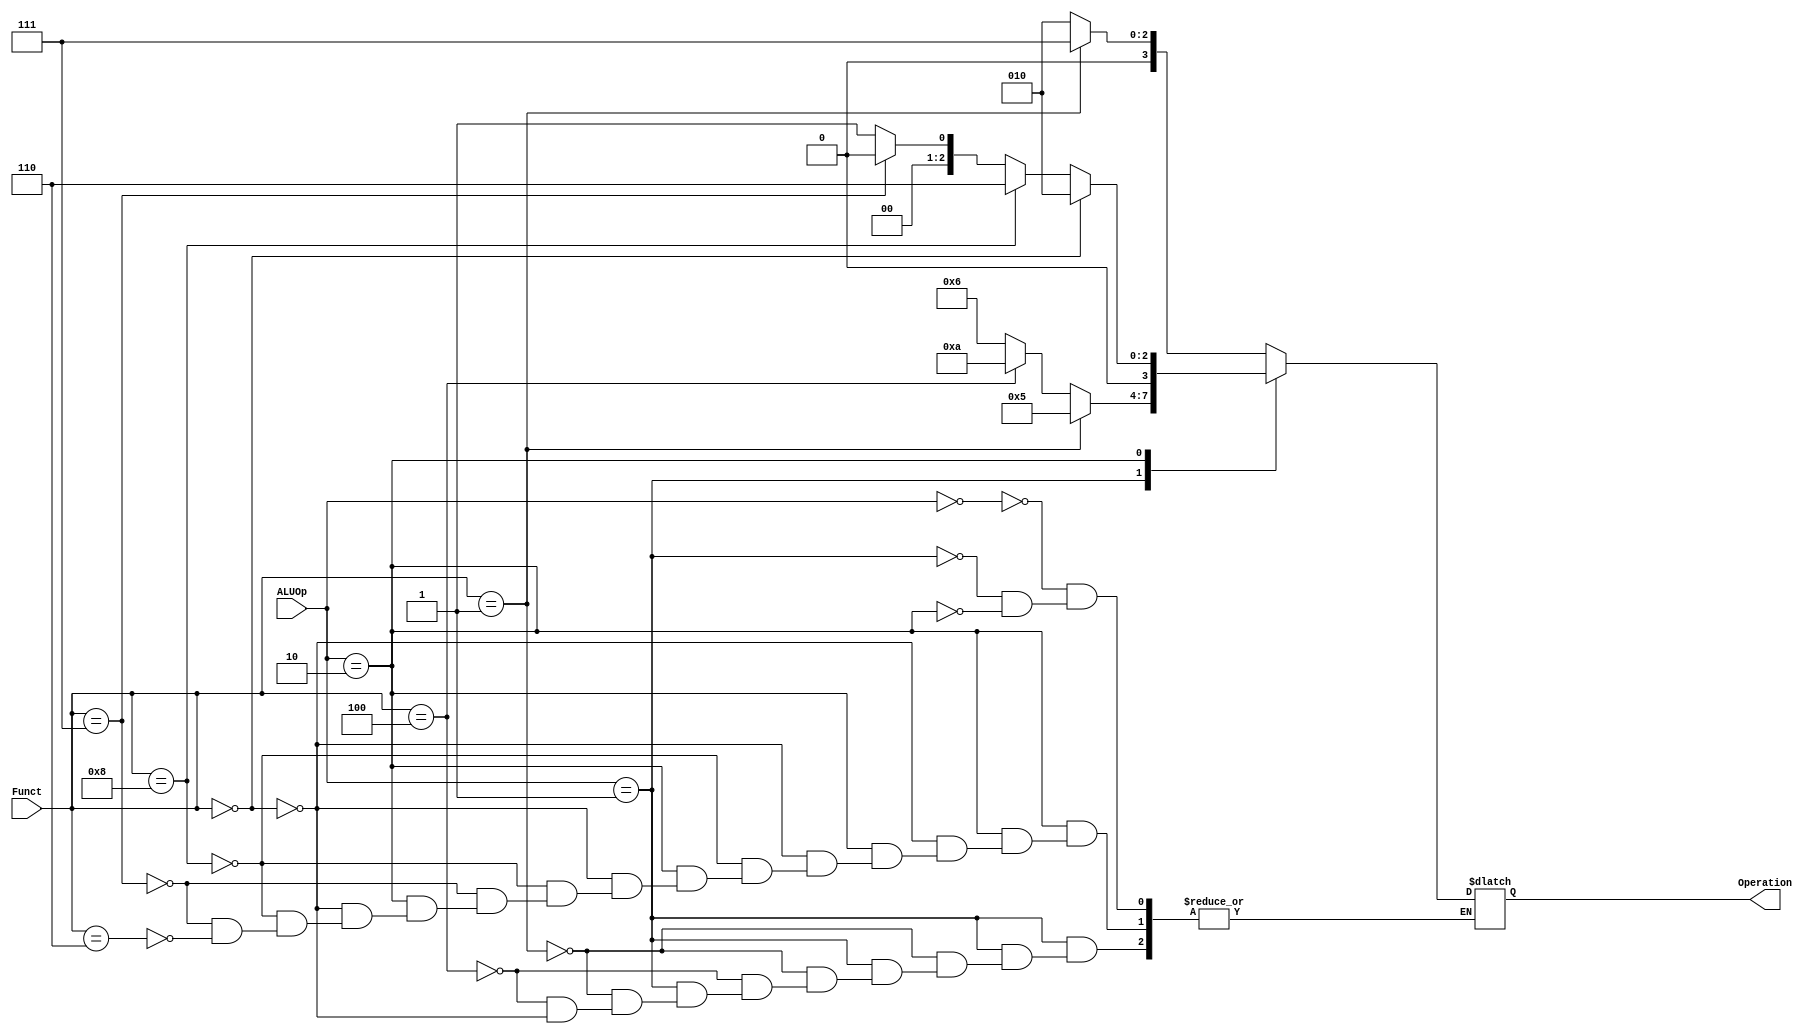
module ALU_Control(
input [1:0] ALUOp,
input [3:0] Funct,
output reg [3:0] Operation
);

always @(*)
begin
	case(ALUOp)
		2'b00:
		begin
		if (Funct==4'b0001) //slli
		begin
			Operation=4'b0111;
		end
		else
		begin
			Operation=4'b0010; 
		end
		end
		
		2'b01:
		begin
		if (Funct==4'b0001)//bne
		begin
			Operation=4'b0101;
		end
		else if (Funct==4'b0100)//blt
		begin
			Operation=4'b1010;
		end
		else if (Funct==4'b0000) //beq
		begin
			Operation=4'b0110;
		end 
		
		end
		
		2'b10:
		begin
		if (Funct==4'b0000)
		begin
			Operation=4'b0010; 
		end
		else if (Funct==4'b1000)
		begin
			Operation=4'b0110;
		end
		else if (Funct==4'b0111)
		begin
			Operation=4'b0000;
		end
		else if (Funct==4'b0110)
		begin
			Operation=4'b0001;
		end
		end
	endcase
		
end
endmodule